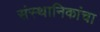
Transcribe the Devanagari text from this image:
संस्थानिकांचा